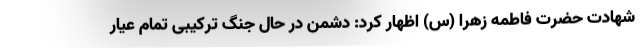
شهادت حضرت فاطمه زهرا (س) اظهار کرد: دشمن در حال جنگ ترکیبی تمام عیار